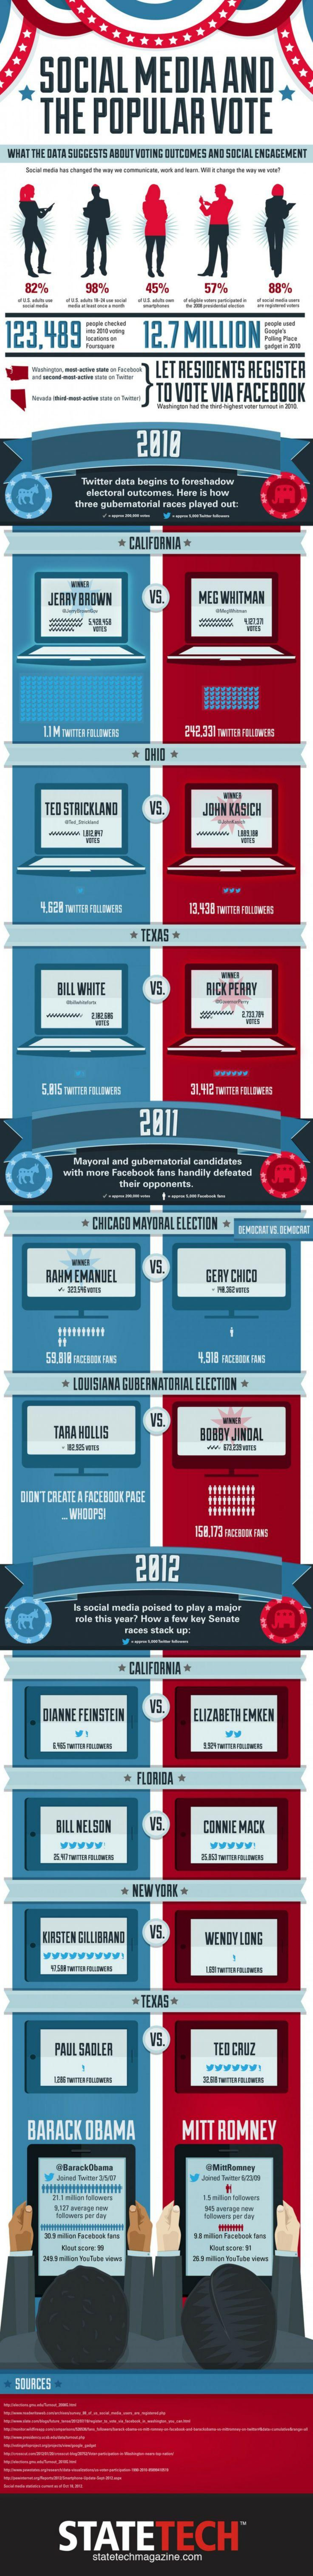
SOCIAL    MEDIA    AND.
     THE    POPULAR    VOTE
  WHAT THE DATA SUGGESTS ABOUT WETING OUTCOMES AND SOCIAL ENGAGEMENT
     45%    57%
    -    -----
  123.489    12.7   MILLION
     LET RESIDENTS    REGISTER
     TO  VOTE  VIA   FACEBOOK
     2018
     Twitter data begins to forashadow
     electoral outcomes. Here is how
     thees gabamatoviel roces played out
     * CALIFORNIA *
     JERRY BROWN    15    MEG WHITMAN
     wwwww
     * OHO  *
     TEO STRICKLAND    VS    JOHN KASICH
     13.436 TWITTER FOULINERS
     * TEXAS *
     BILL WHITE    VS.    RICK PERRY
     5.815 TWITER FOLOWERS
     2011
     Mayoral and gubersetorial cenfiletes
     with more Facebook fans handily delowted
     their opponents.
     * CHICAGO MAYORAL ELECTION *
     DEMOCRAT VEL DEMOCRAT
     AHM EMANUEL    GERY CHICO
     4.918 FACERIMA FANS
     * LOUISIANA GUBERNATORIAL ELECTION *
     TARA HILLIS    IDEBY JINDAL
    DON'T CREATE A FACEBOOK PAGE
     -WHOOPSI
     2012
     Is social media poised to pley a major
     role this you? How a few key Senate
     races stack up:
     CALIFORNIA *
     DIANNE FEINSTEIN    ELIZABETH EMKEM
     FLORIDA*
     BILL NELSON    CONNIE MACK
     * NEWYORK
     KIRSTEN GILLIBRAND  VS
     WENDY LING
     * TEXAS *
     PAUIL SAOLER    TED CRUZ
     IAAAAAA
     BARACK    OBAMA    MITT   ROMNEY
     X1 million Facebook tena
   SOURCES
     STATETECH®
     atachmagazine.com